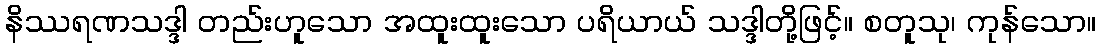
နိဿရဏသဒ္ဒါ တည်းဟူသော အထူးထူးသော ပရိယာယ် သဒ္ဒါတို့ဖြင့်။ စတူသု၊ ကုန်သော။